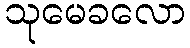
သုမေခလော